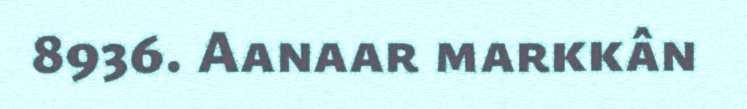
8936. Aanaar markkân